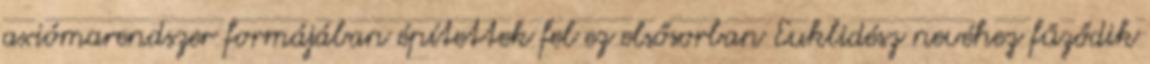
axiómarendszer formájában építettek fel ez elsősorban Euklidész nevéhez fűződik